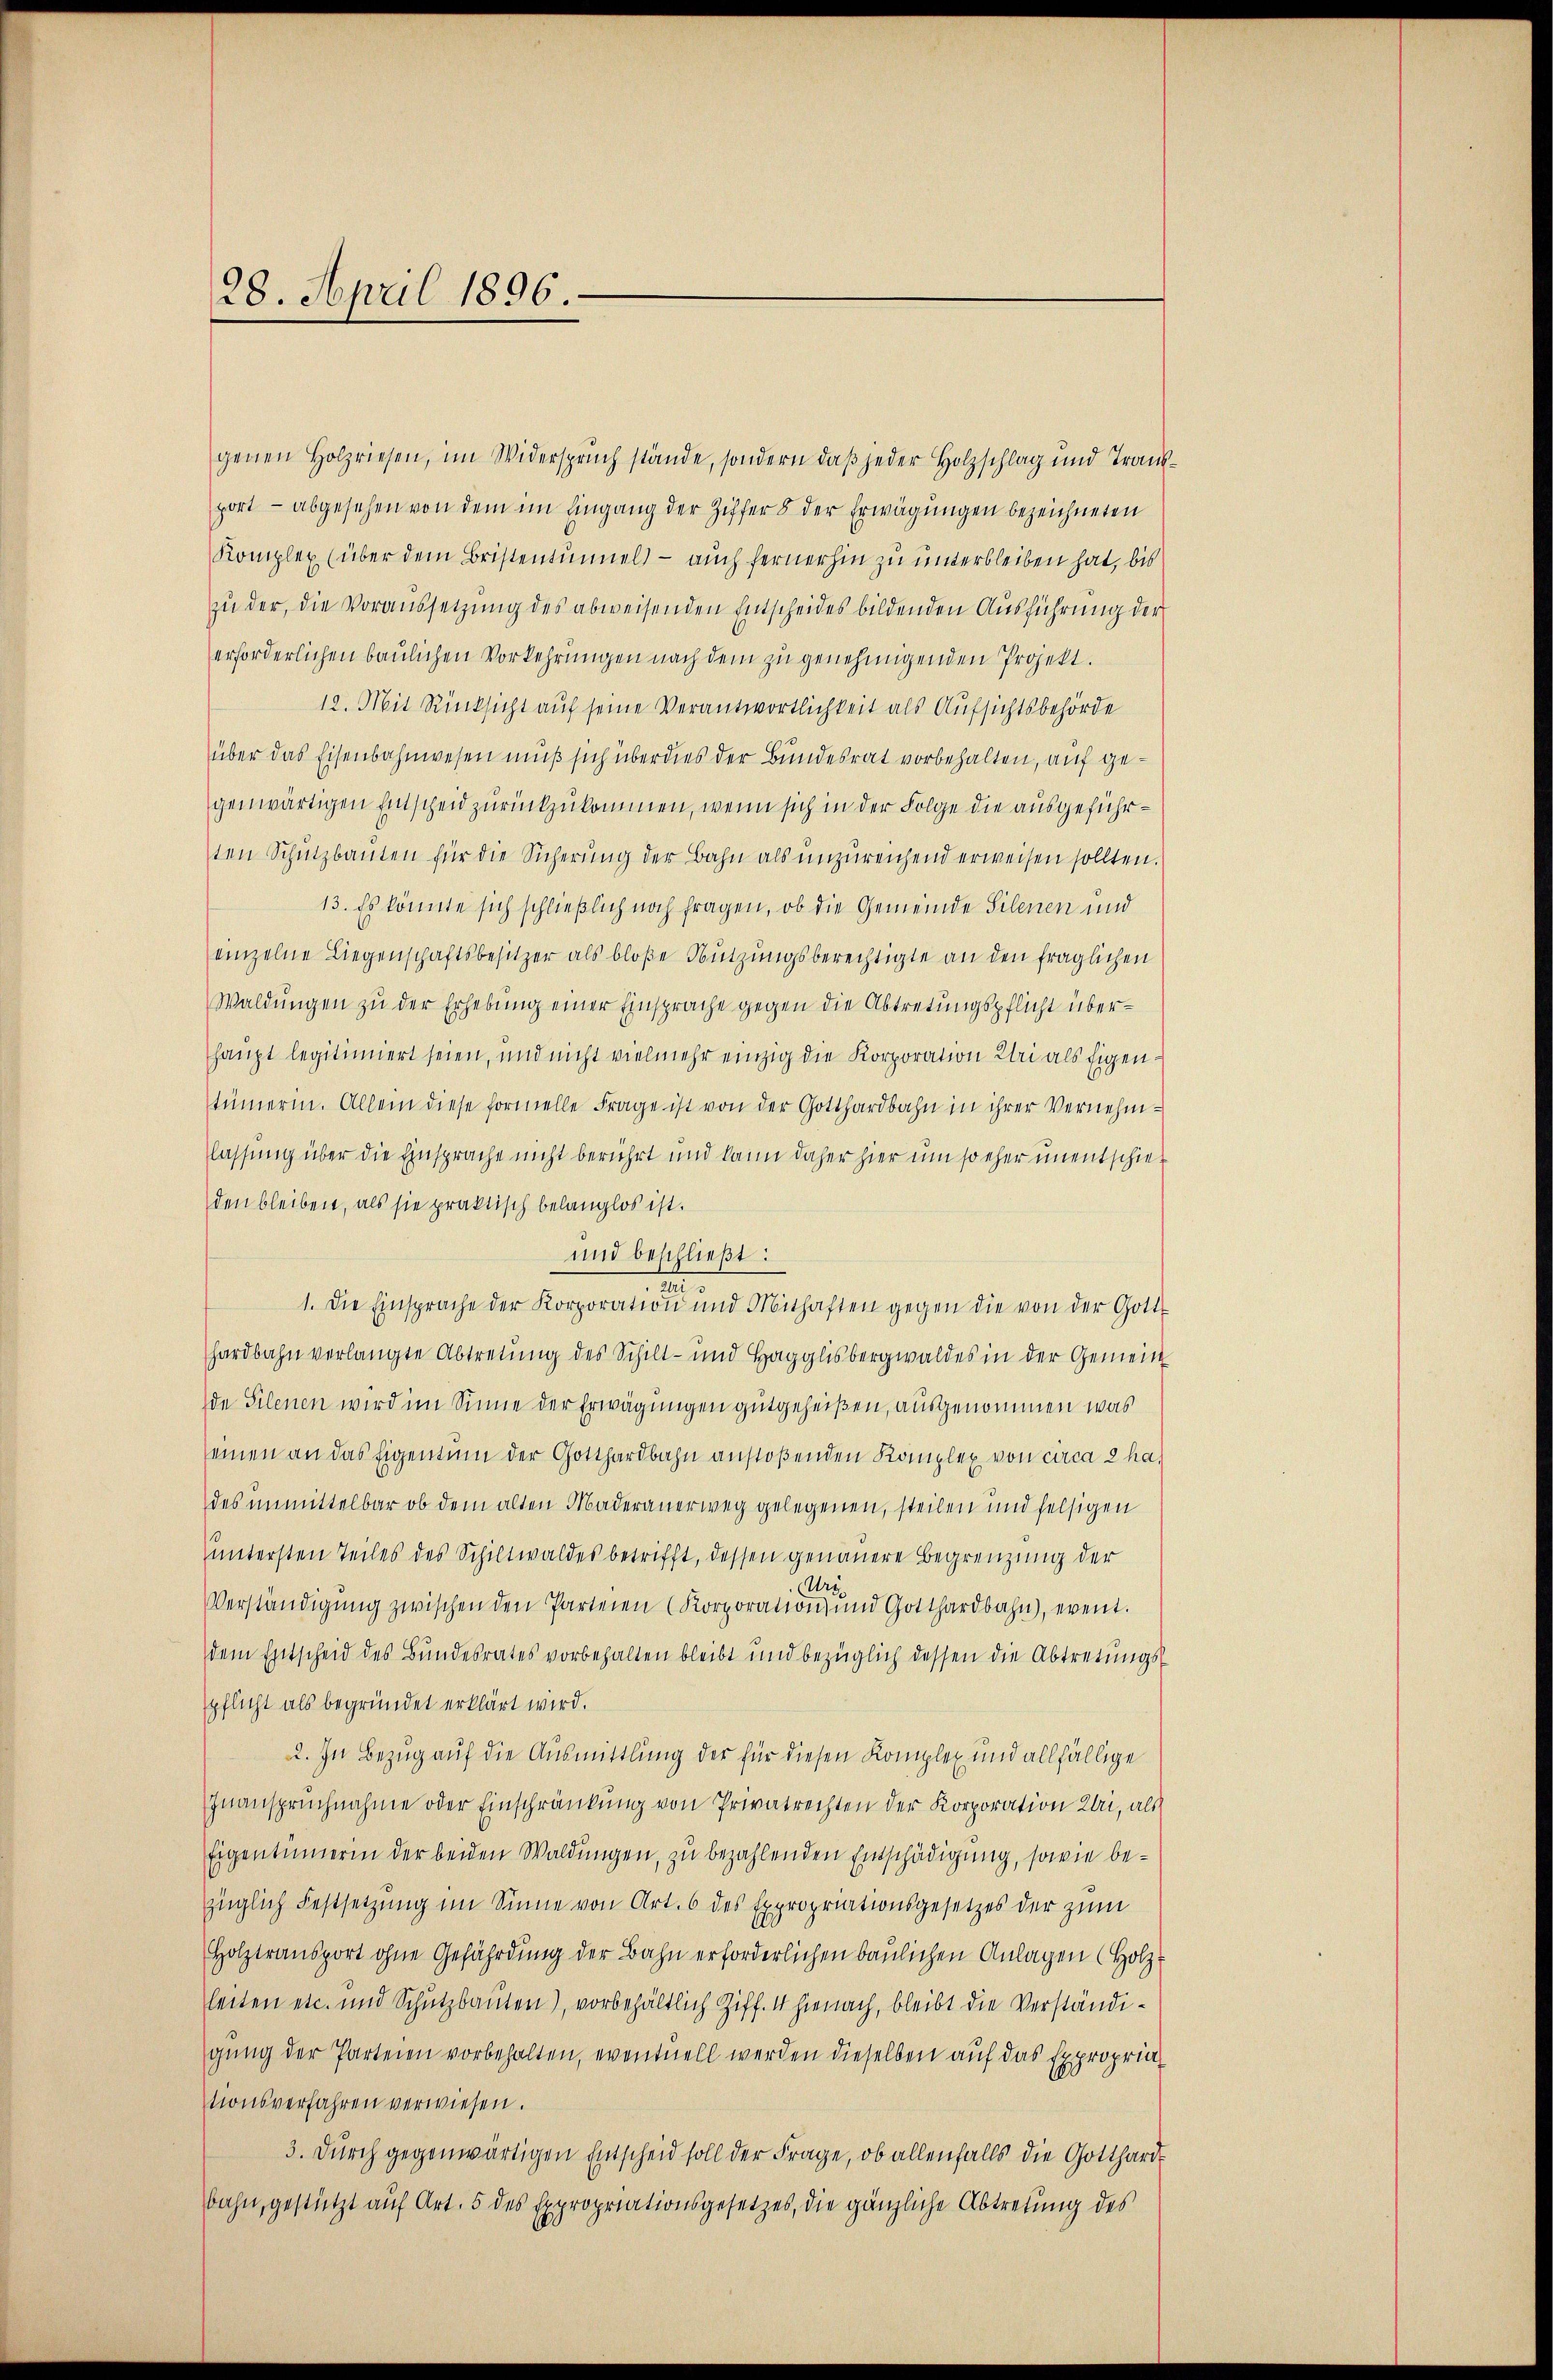
28. April 1896.

genen Holzriesen, im Widerspruch stände, sondern daβ jeder Holzschlag und Trans-
port – abgesehen von dem im Eingang der Ziffer 8 der Erwägungen bezeichneten
Komplex (über dem Bristentumel) - auch fernerhin zu unterbleiben hat, bis
zu der, die Voraussetzung des abweisenden Entscheides bildenden Ausführung der
erforderlichen baulichen Vorkehrungen nach dem zu genehmigenden Projekt.
12. Mit Rücksicht auf seine Verantwortlichkeit als Aufsichtsbehörde
über das Eisenbahnwesen muß sich überdies der Bundesrat vorbehalten, auf gegenwärtigen Entscheid zurückzukommen, wenn sich in der Folge die ausgeführten Schutzbauten für die Sicherŭng der Bahn als unzureichend erweisen sollten.
13. Es könnte sich schließlich noch fragen, ob die Gemeinde Silenen und
einzelne Liegenschaftsbesitzer als bloße Nutzungsberechtigte an den fraglichen
Waldungen zu der Erhebung einer Einsprache gegen die Abtretungspflicht überhaupt legitimiert seien, und nicht vielmehr einzig die Korporation Klei als Eigentümerin. Allein diese formelle Frage ist von der Gotthardbahn in ihrer Vernehmlassung über die Einsprache nicht berührt und kann daher hier um so eher unentschieden bleiben, als sie praktisch belanglos ist.
und beschließt:
.
1. Die Einsprache der Korporation und Mithaften gegen die von der Gott-
hardbahn verlangte Abtretung des Schilt- und Hagglisbergwaldes in der Gemein-
de Silenen wird im Sinne der Erwägungen gutgeheißen, ausgenommen, was
seinen an das Eigentum der Gotthardbahn anstoßenden Komplex von circa 2 ha-
des unmittelbar ob dem alten Maderanerweg gelegenen, steilen und felsigen
untersten Teiles des Schiltwaldes betrifft, dessen genauere Begrenzung der
Ur.
Verständigŭng zwischen den Parteien (Korporation und Gotthardbahn, event.
dem Entscheid des Bundesrates vorbehalten bleibt und bezüglich dessen die Abtretungs-
pflicht als begründet erklärt wird.
2. In Bezug auf die Ausmittlung der für diesen Komplex und allfällige
Inanspruchnahme oder Einschränkung von Privatrechten der Korporation bei, als
Eigentümerin der beiden Waldungen, zu bezahlenden Entschädigung, sowie bezüglich Festsetzung im Sinne von Art. 6 des Expropriationsgesetzes der zum
Holztransport ohne Gefährdung der Bahn erforderlichen baulichen Anlagen (Holz-
leiten etc. und Schutzbauten), vorbehältlich Ziff. 4 hienach, bleibt die Verständigung der Parteien vorbehalten, eventuell werden dieselben auf das Expropria
tionsverfahren verwiesen.
3. Durch gegenwärtigen Entscheid soll der Frage, ob allenfalls die Gotthard
bahn, gestützt auf Art. 5 des Expropriationsgesetzes, die gänzliche Abtretung des